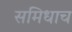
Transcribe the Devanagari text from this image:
समिधाच